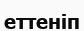
еттеніп